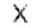
X